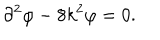
LaTeX: \partial ^ { 2 } \varphi - 8 k ^ { 2 } \varphi = 0 .